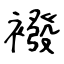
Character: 襏